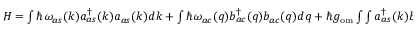
\begin{array} { r } { H = \int \hbar \omega _ { a s } ( k ) a _ { a s } ^ { \dagger } ( k ) a _ { a s } ( k ) d k + \int \hbar \omega _ { a c } ( q ) b _ { a c } ^ { \dagger } ( q ) b _ { a c } ( q ) d q + \hbar g _ { \mathrm { o m } } \int \int a _ { a s } ^ { \dagger } ( k ) b _ { a c } ( q ) d k d q + h . c . . } \end{array}